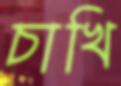
চাখি